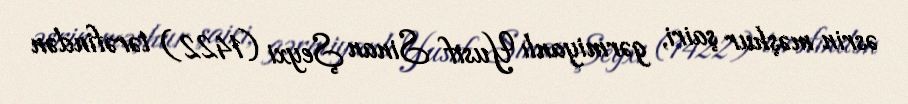
əsrin məşhur şairi, gərmiyanlı Yusif Sinan Şeyxi (1422) tərəfindən